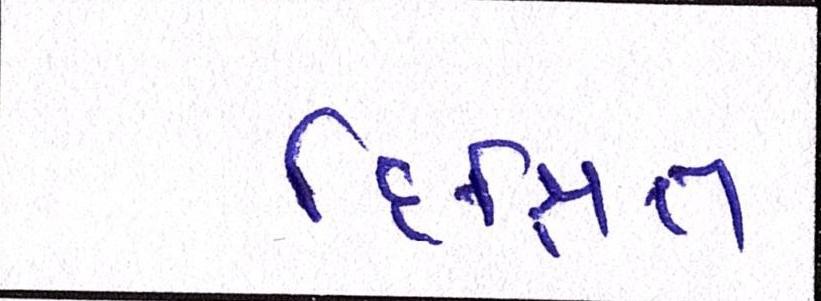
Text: દિક્ષિત